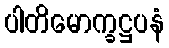
ပါတိမောက္ခဋ္ဌပနံ